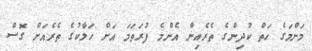
މަންމަގެ ހަތް ކުދިންގެ ތެރެއިން އެންމެ ފުރަތަމަ އަށް ހަލާކުގެ ތެރެއަށް ގޮސް